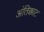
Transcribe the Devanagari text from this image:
अंतिक्काट